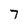
Character: 7